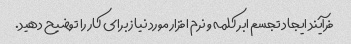
فرآیند ایجاد تجسم ابر کلمه و نرم افزار مورد نیاز برای کار را توضیح دهید.